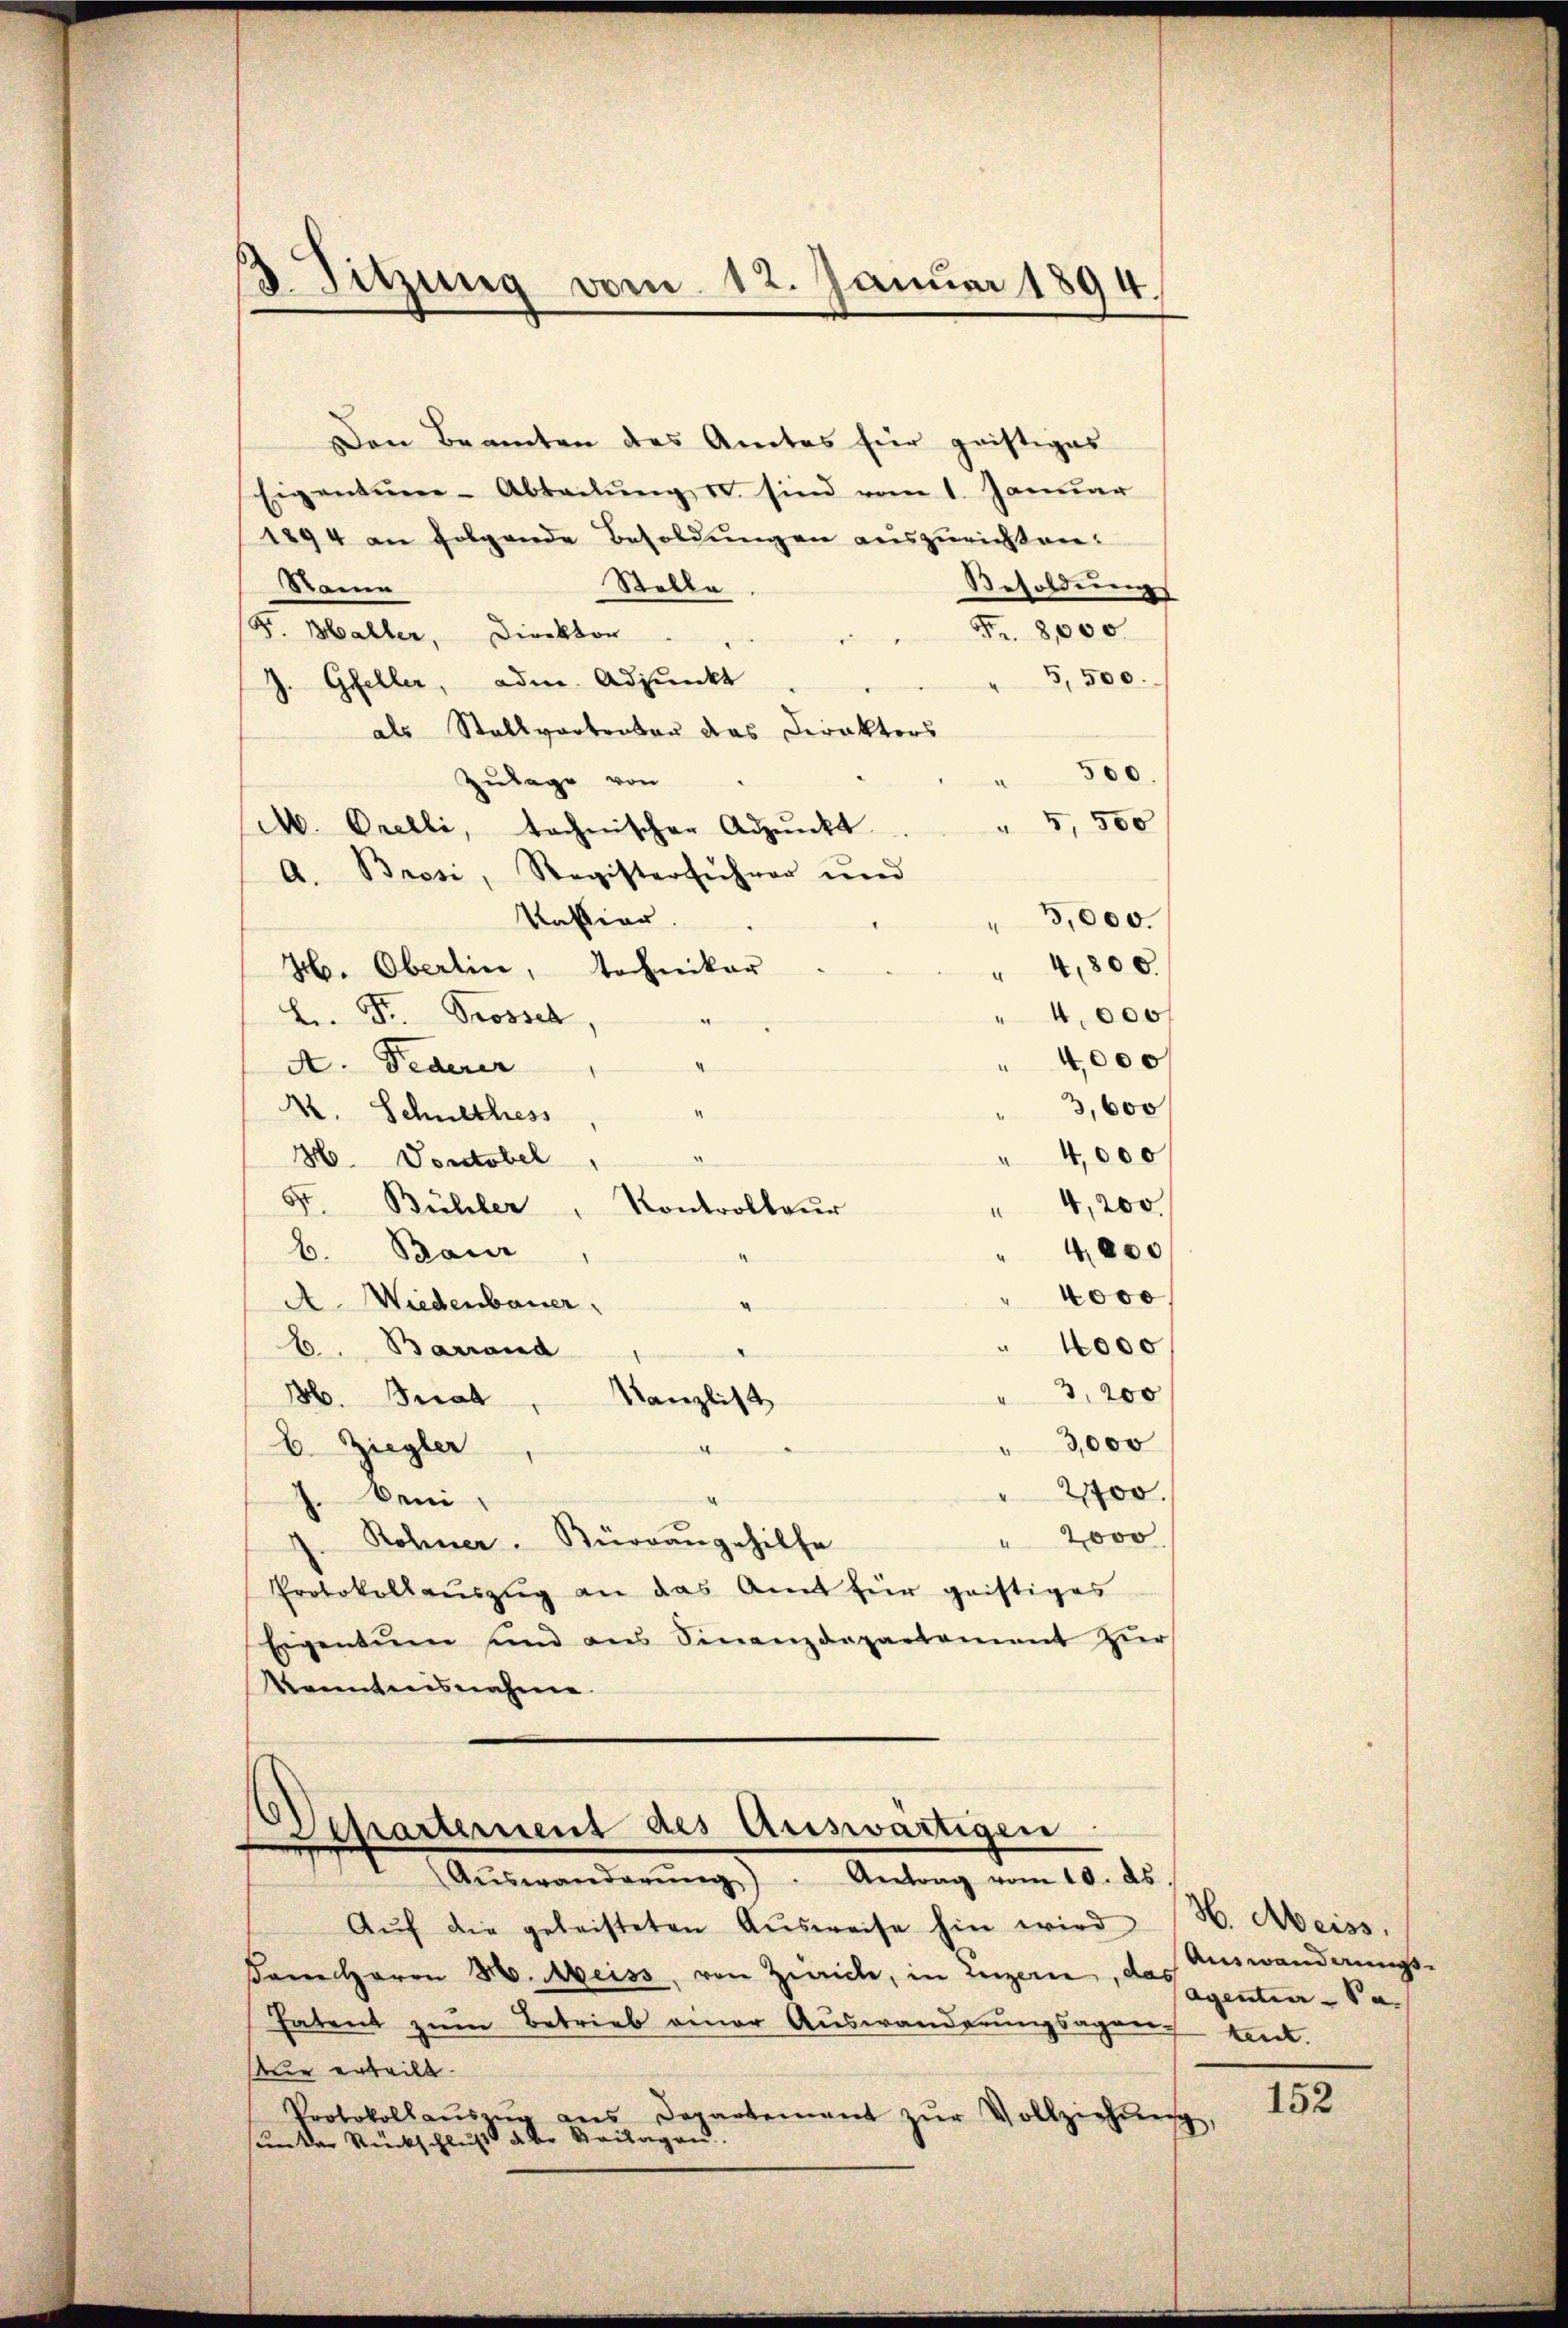
3. Sitzung vom 12. Januar 1894.

Den Beamten des Amtes für geistiges
Eigentur-Abtadŭng u. sind vom 1. Januar
1894 an folgende Besoldungen auszurichten:
Rame
Besoldungs
Stelle
Fr. 8000.
(P. Baller, Direktor
5,500.
J. Gfeller, ade. Adjunkt
als Stallvertreten das Direktors
500.
Zulage von
5,500
M. Orelli, technischer Adpŭnkt
A. Brosi, Registerführer und
3,000.
Katier.
4
4,800.
H. Oberlin, Tochniker
4
" 4,000 f
L. Fr. Grossel,
4,000
A. Federer
3,600
8
M. Schneekess
4,000
.
H. Vontobel
5t. Bühler
4,200.
Kontrolleur
4
b. Baur
" 4,000
4000
A. Wiederbauer,
¬
4000
b. Barrand
3,200
36. Berat
Kanzlist
3,000
b. Ziegler
2700.
J. beni
2000
Rohner. Büreaŭgehilfe
Protokollauszug an das Amt für geistiges
Eigentuen und ans Finanzdepartement zŭr
kanntnisnahme.

Separtement des Auswärtigen
Aŭswanderŭng). Antrag vom 10. ds.

Aŭf die geleisteten Aŭsweise hin wird H. Meiss,
dam Herrn H. Meiss, von Zürich, in Luzern, genten-Pa
hatent zum Betrieb einer Auswanderŭngsagung kant.
ur erteilt.
Protokollaŭszŭg ans Departement zŭr Vollziehŭng,
sunker Rückschluß aber Beilagen.

Auswanderungs-

152